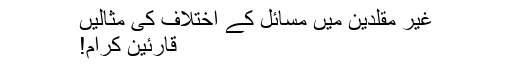
غیر مقلدین میں مسائل کے اختلاف کی مثالیں
قارئین کرام!